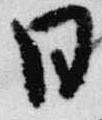
日